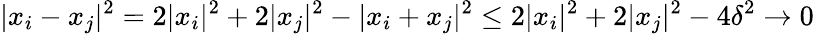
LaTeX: |x_{i}-x_{j}|^{2}=2|x_{i}|^{2}+2|x_{j}|^{2}-|x_{i}+x_{j}|^{2}\leq 2|x_{i}|^{2}+2|x_{j}|^{2}-4\delta^{2}\to 0